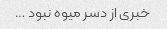
خبری از دسر میوه نبود …